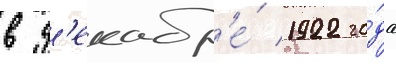
в д'екабр'е́ 1922 го́да